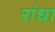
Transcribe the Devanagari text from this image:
रांधा